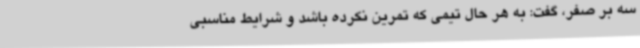
سه بر صفر، گفت: به هر حال تیمی که تمرین نکرده باشد و شرایط مناسبی